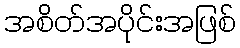
အစိတ်အပိုင်းအဖြစ်